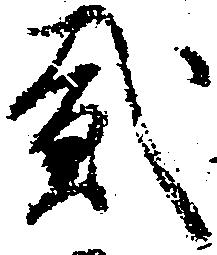
弐